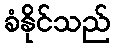
ခံနိုင်သည်